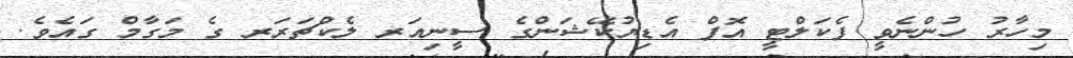
މިހާރު ހުންނެވީ ފެކަލްޓީ އޮފް އެޑިޔުކޭޝަންގެ ސީނިއަރ ލެކްޗަރަރ ގެ މަގާމް ގައެވެ.